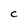
Character: c